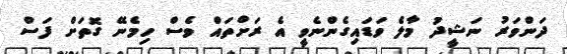
ދަންވަރު ނަޝީދު މާލެ ވަޑައިގެންނެވީ އެ ރަށްތައް ވެސް ހިމެނޭ ގޮތަށް ފަސް